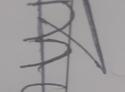
Signature authenticity: forged